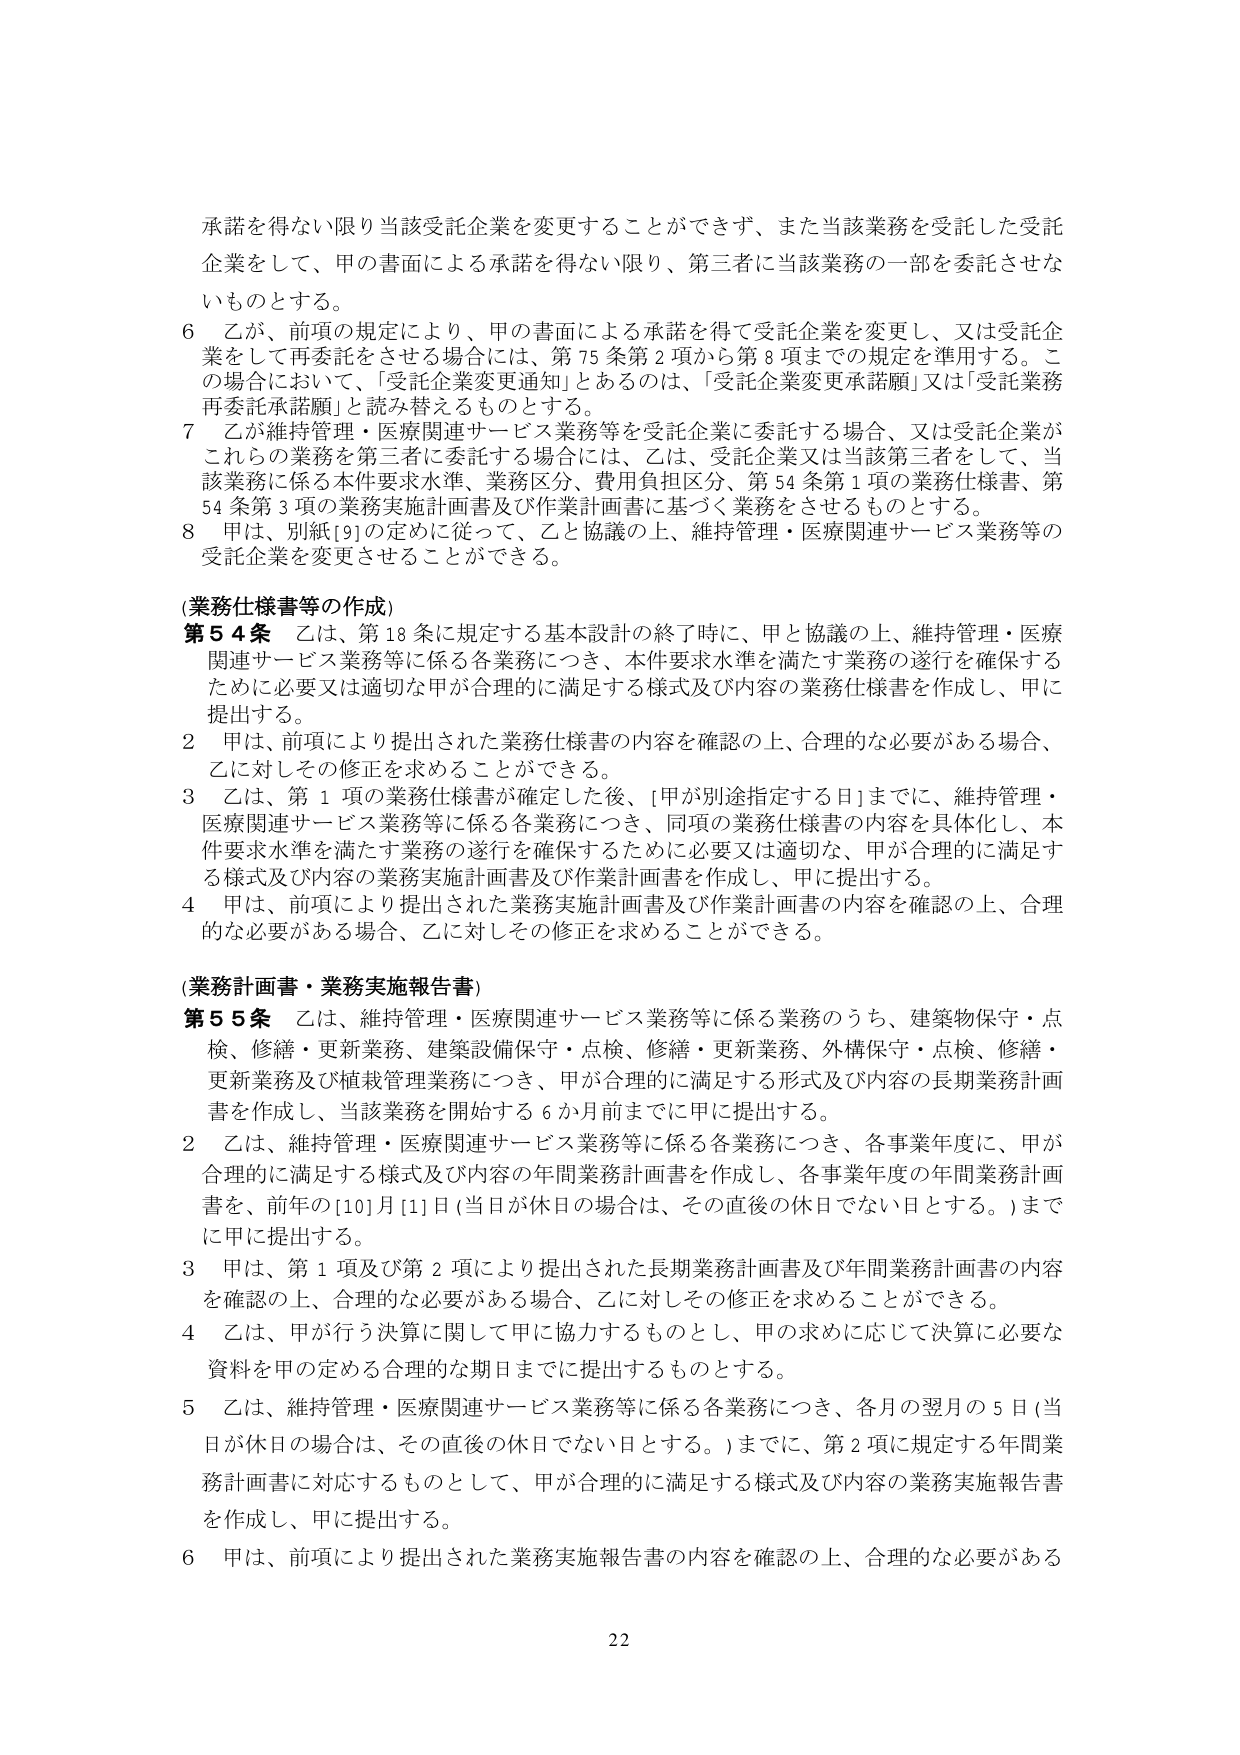
承諾を得ない限り当該受託企業を変更することができず、また当該業務を受託した受託企業をして、甲の書面による承諾を得ない限り、第三者に当該業務の一部を委託させないものとする。

6 乙が、前項の規定により、甲の書面による承諾を得て受託企業を変更し、又は受託企業をして再委託をさせる場合には、第75条第2項から第8項までの規定を準用する。この場合において、「受託企業変更通知」とあるのは、「受託企業変更承諾願」又は「受託業務再委託承諾願」と読み替えるものとする。

7 乙が維持管理・医療関連サービス業務等を受託企業に委託する場合、又は受託企業がこれらの業務を第三者に委託する場合には、乙は、受託企業又は当該第三者をして、当該業務に係る本件要求水準、業務区分、費用負担区分、第54条第1項の業務仕様書、第54条第3項の業務実施計画書及び作業計画書をささぐ業務をさせるものとする。

8 甲は、別紙[9]の定めに従って、乙と協議の上、維持管理・医療関連サービス業務等の受託企業を変更させることができる。

(業務仕様書等の作成)

第54条 乙は、第18条に規定する基本設計の終了時に、甲と協議の上、維持管理・医療関連サービス業務等に係る各業務につき、本件要求水準を満たす業務の遂行を確保するために必要又は適切な甲が合理的に満足する様式及び内容の業務仕様書を作成し、甲に提出する。

2 甲は、前項により提出された業務仕様書の内容を確認の上、合理的な必要がある場合、乙に対しその修正を求めることができる。

3 乙は、第1項の業務仕様書が確定した後、[甲が別途指定する日]までに、維持管理・医療関連サービス業務等に係る各業務につき、同項の業務仕様書の内容を具体化し、本件要求水準を満たす業務の遂行を確保するために必要又は適切な、甲が合理的に満足する様式及び内容の業務実施計画書及び作業計画書を作成し、甲に提出する。

4 甲は、前項により提出された業務実施計画書及び作業計画書の内容を確認の上、合理的な必要がある場合、乙に対しその修正を求めることができる。

(業務計画書・業務実施報告書)

第55条 乙は、維持管理・医療関連サービス業務等に係る業務のうち、建築物保守・点検、修繕・更新業務、建築設備保守・点検、修繕・更新業務、外構保守・点検、修繕・更新業務及び植栽管理業務につき、甲が合理的に満足する形式及び内容の長期業務計画書を作成し、当該業務を開始する6か月前までに甲に提出する。

2 乙は、維持管理・医療関連サービス業務等に係る各業務につき、各事業年度に、甲が合理的に満足する様式及び内容の年間業務計画書を作成し、各事業年度の年間業務計画書を、前年の[10]月[1]日（当日が休日の場合は、その直後の休日でない日とする。）までに甲に提出する。

3 甲は、第1項及び第2項により提出された長期業務計画書及び年間業務計画書の内容を確認の上、合理的な必要がある場合、乙に対しその修正を求めることができる。

4 乙は、甲が行う決算に関して甲に協力するものとし、甲の求めに応じて決算に必要な資料を甲の定める合理的な期日までに提出するものとする。

5 乙は、維持管理・医療関連サービス業務等に係る各業務につき、各月の翌月の5日（当日が休日の場合は、その直後の休日でない日とする。）までに、第2項に規定する年間業務計画書に対応するものとして、甲が合理的に満足する様式及び内容の業務実施報告書を作成し、甲に提出する。

6 甲は、前項により提出された業務実施報告書の内容を確認の上、合理的な必要がある

22